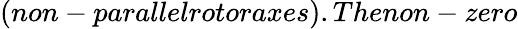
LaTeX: (non-parallelrotoraxes).Thenon-zero